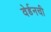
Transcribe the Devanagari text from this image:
वेर्डनची